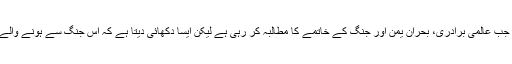
بہرحال ٹرمپ نے اس بل کو ایسے وقت میں ویٹو اور سعودی اتحاد کی حمایت کی ہے جب عالمی برادری، بحران یمن اور جنگ کے خاتمے کا مطالبہ کر رہی ہے لیکن ایسا دکھائی دیتا ہے کہ اس جنگ سے ہونے والے مالی مفادات کو امریکہ اور اس کے اتحادیوں کی فیصلہ سازی میں فوقیت حاصل ہے۔